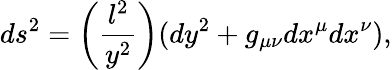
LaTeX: ds^{2}=\left(\frac{l^{2}}{y^{2}}\right)(dy^{2}+g_{\mu\nu}dx^{\mu}dx^{\nu}),